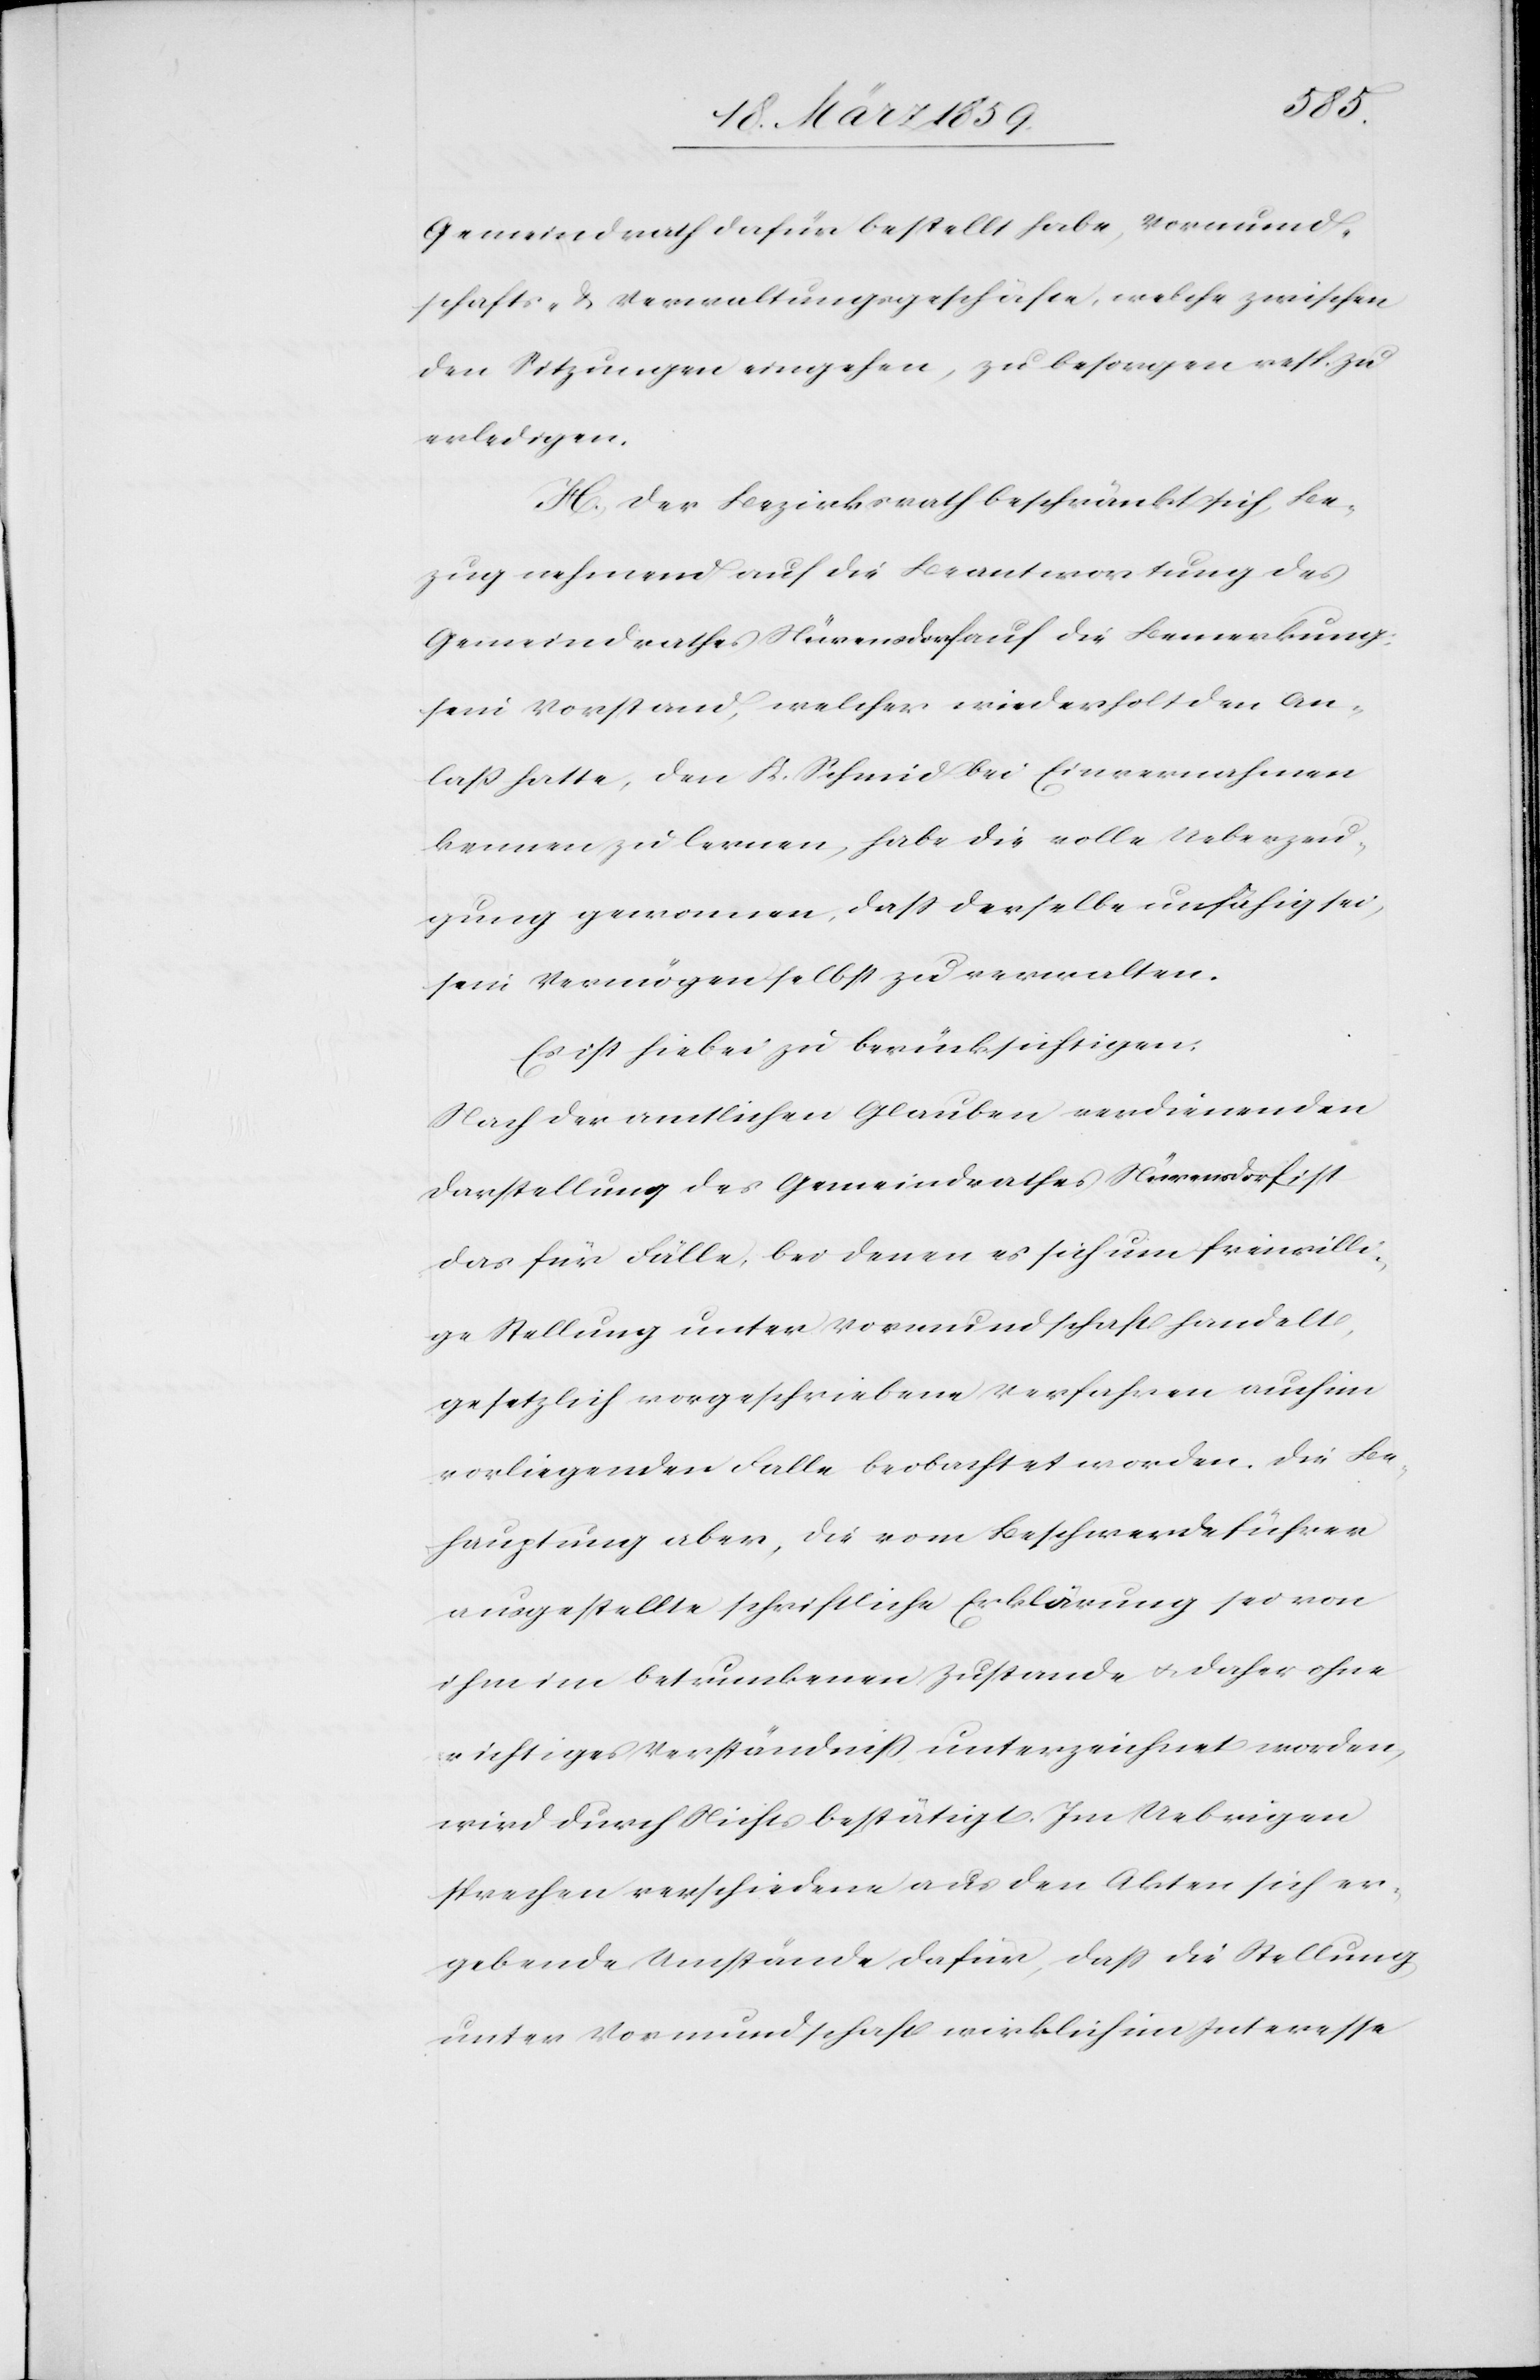
Gemeindrath dafür bestellt habe, Vormund¬
schafts- & Verwaltungsgeschäfte, welche zwischen
den Sitzungen eingehen, zu besorgen resp. zu
erledigen.
H. Der Bezirksrath beschränkt sich, Be¬
zug nehmend auf die Beantwortung des
Gemeindrathes Nürensdorf auf die Bemerkung:
sein Vorstand, welcher wiederholt den An¬
laß hatte, den K. Schmid bei Einvernahmen
kennen zu lernen, habe die volle Ueberzeu¬
gung gewonnen, daß derselbe unfähig sei,
sein Vermögen selbst zu verwalten.
Es ist hiebei zu berücksichtigen:
Nach der amtlichen Glauben verdienenden
Darstellung des Gemeindrathes Nürensdorf ist
das für Fälle, bei denen es sich um freiwilli¬
ge Stellung unter Vormundschaft handelt,
gesetzlich vorgeschriebene Verfahren auch im
vorliegenden Falle beobachtet worden. Die Be¬
hauptung aber, die vom Beschwerdeführer
ausgestellte schriftliche Erklärung sei von
ihm im betrunkenen Zustande u. daher ohne
richtiges Verständniß unterzeichnet worden,
wird durch Nichts bestätigt. Im Uebrigen
sprechen verschiedene aus den Akten sich er¬
gebende Umstände dafür, daß die Stellung
unter Vormundschaft wirklich im Interesse